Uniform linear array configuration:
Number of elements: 16
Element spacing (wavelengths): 0.25
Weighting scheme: kaiser
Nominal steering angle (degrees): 60
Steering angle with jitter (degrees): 59.733
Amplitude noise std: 0.05
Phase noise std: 0.05

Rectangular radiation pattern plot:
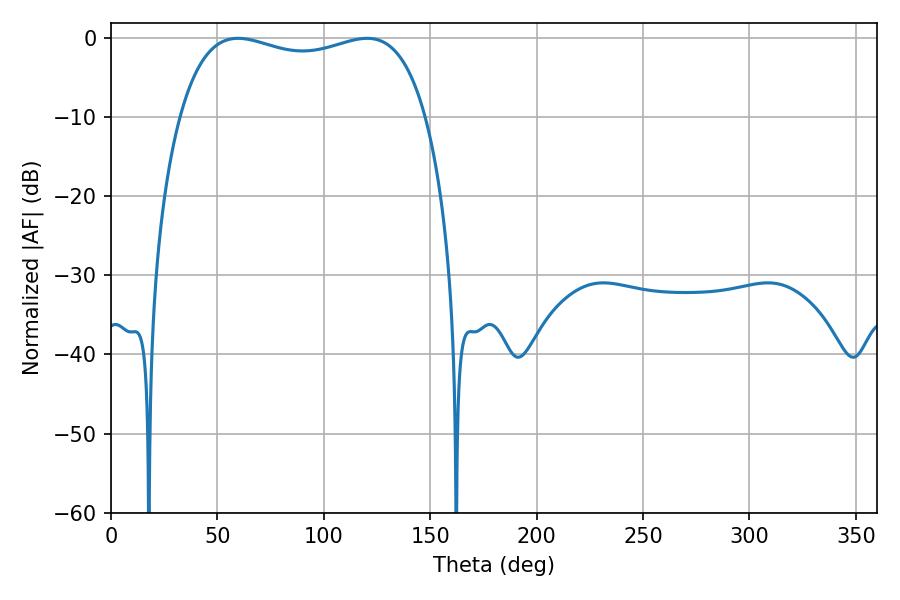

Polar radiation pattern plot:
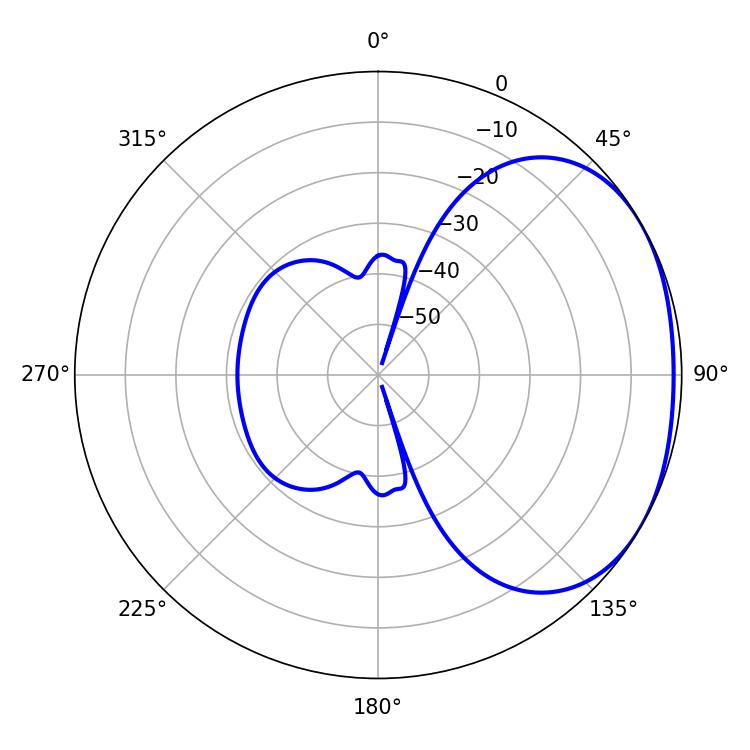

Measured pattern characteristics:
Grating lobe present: FALSE
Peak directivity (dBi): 1.913
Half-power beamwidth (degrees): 94.68
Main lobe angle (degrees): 59.76